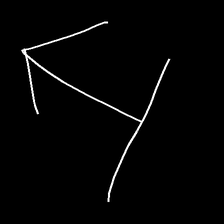
Glyph: levitation